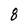
Character: 8